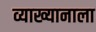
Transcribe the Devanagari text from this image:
व्याख्यानाला